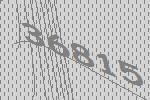
36815